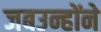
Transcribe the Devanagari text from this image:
जबउन्होंने